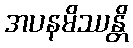
အပနမိဿန္တိ